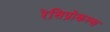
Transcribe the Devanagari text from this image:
रेसिप्रोकल्स